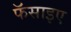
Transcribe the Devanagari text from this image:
फॅसाइए